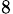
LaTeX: _8